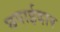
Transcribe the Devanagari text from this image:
छपाईदार